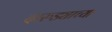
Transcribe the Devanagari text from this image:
दारुड्याच्या